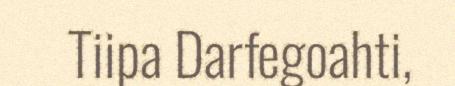
Tiipa Darfegoahti,